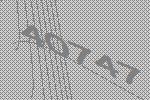
40747